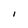
Character: l